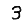
Digit: 3